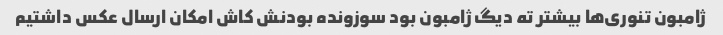
ژامبون تنوری‌ها بیشتر ته دیگ ژامبون بود سوزونده بودنش کاش امکان ارسال عکس داشتیم